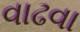
વાઢવા